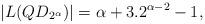
LaTeX: \begin{align*} |L(QD_{2^{\alpha}})|=\alpha+3.2^{\alpha-2}-1,\end{align*}